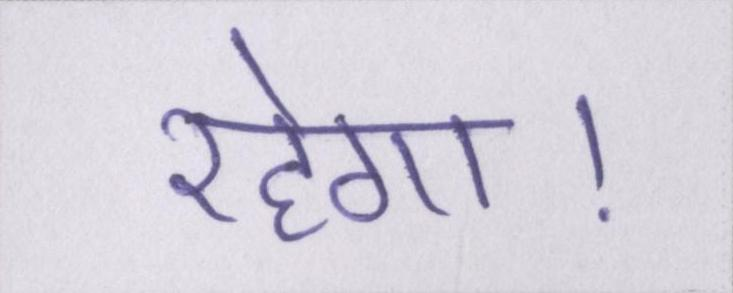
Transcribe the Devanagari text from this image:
रहेगा।